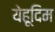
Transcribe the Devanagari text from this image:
येहूदिम